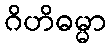
ဂိဟိဓမ္မာ